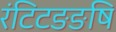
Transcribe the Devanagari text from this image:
रंटिटङङषि